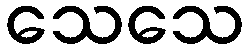
သေသေ